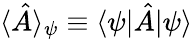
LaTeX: \langle\hat{A}\rangle_{\psi}\equiv\langle\psi|\hat{A}|\psi\rangle